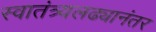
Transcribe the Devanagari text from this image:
स्वातंत्र्यलढ्यानंतर